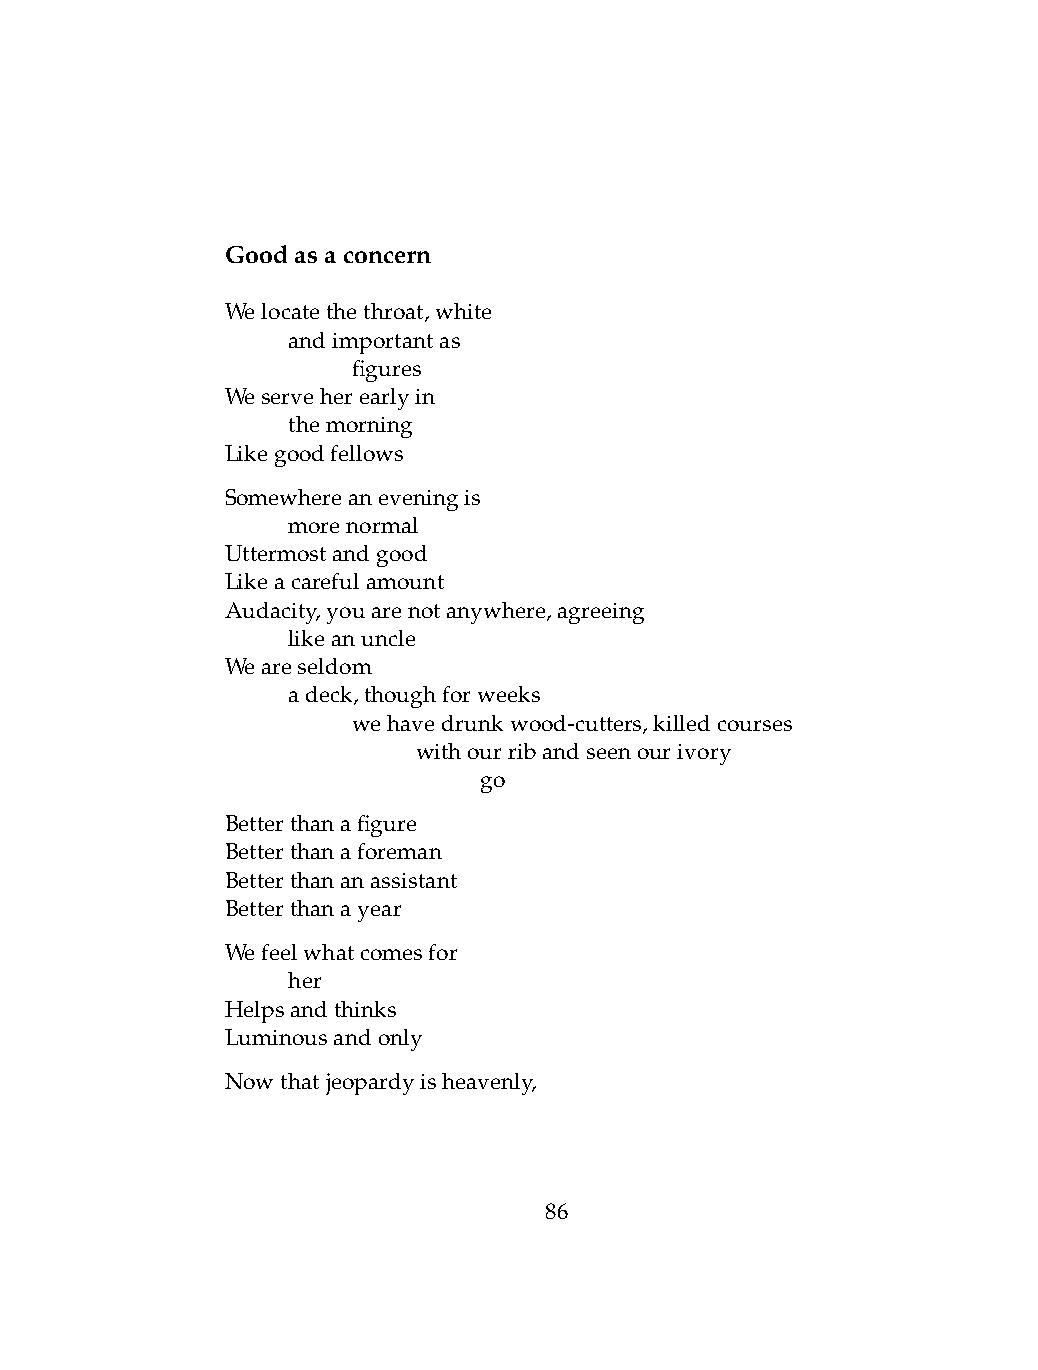
Goodasaconcern
 Welocatethethroat,white
 .   andimportantas
 .   .   figures
 Weserveherearlyin
 .   themorning
 Likegoodfellows
 Somewhereaneveningis
 .   morenormal
 Uttermostandgood
 Likeacarefulamount
 Audacity,youarenotanywhere,agreeing
 .   likeanuncle
 Weareseldom
 .   adeck,thoughforweeks
 .   .   wehavedrunkwood-cutters,killedcourses
 .   .   .    withourribandseenourivory
 .   .   .    .   go
 Betterthanafigure
 Betterthanaforeman
 Betterthananassistant
 Betterthanayear
 Wefeelwhatcomesfor
 .   her
 Helpsandthinks
 Luminousandonly
 Nowthatjeopardyisheavenly,
 86